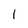
Character: 1